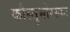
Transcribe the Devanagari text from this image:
कौस्तुभोरस्कः